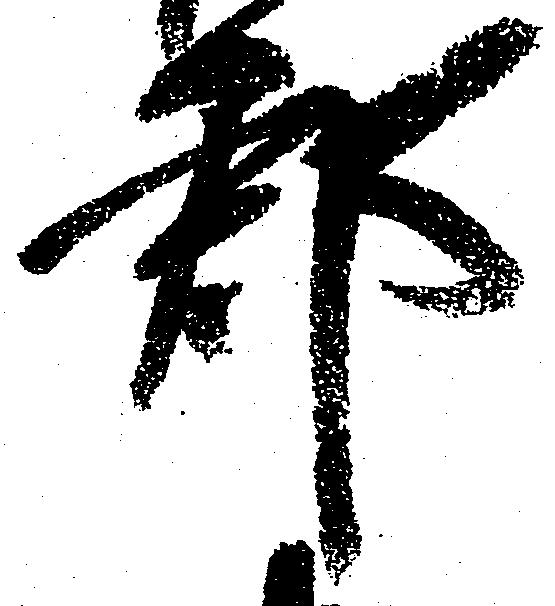
郡